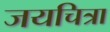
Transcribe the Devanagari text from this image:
जयचित्रा